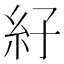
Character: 𰫙